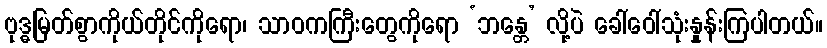
ဗုဒ္ဓမြတ်စွာကိုယ်တိုင်ကိုရော၊ သာဝကကြီးတွေကိုရော ‘ဘန္တေ’ လို့ပဲ ခေါ်ဝေါ်သုံးနှုန်းကြပါတယ်။